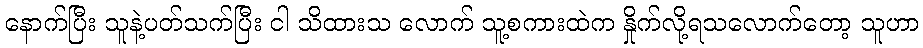
နောက်ပြီး သူနဲ့ပတ်သက်ပြီး ငါ သိထားသ လောက် သူ့စကားထဲက နှိုက်လို့ရသလောက်တော့ သူဟာ